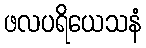
ဖလပရိယေသနံ